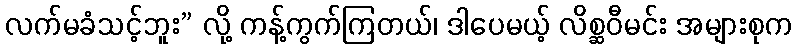
လက်မခံသင့်ဘူး” လို့ ကန့်ကွက်ကြတယ်၊ ဒါပေမယ့် လိစ္ဆဝီမင်း အများစုက